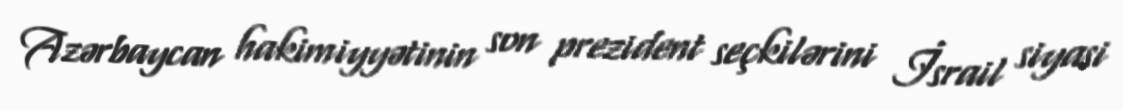
Azərbaycan hakimiyyətinin son prezident seçkilərini İsrail siyasi